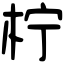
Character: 柠